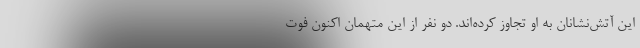
این آتش‌نشانان به او تجاوز کرده‌اند. دو نفر از این متهمان اکنون فوت